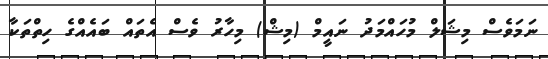
ނަމަވެސް މިޝަލް މުހައްމަދު ނައީމް (މިޝް) މިހާރު ވެސް އެތައް ބައެއްގެ ހިތްތަކާ